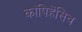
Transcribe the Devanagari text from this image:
कांपिहेंसिव